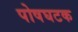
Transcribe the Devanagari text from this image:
पोषघटक